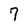
Character: 7